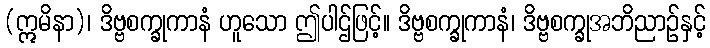
(ဣမိနာ)၊ ဒိဗ္ဗစက္ခုကာနံ ဟူသော ဤပါဌ်ဖြင့်။ ဒိဗ္ဗစက္ခုကာနံ၊ ဒိဗ္ဗစက္ခုအဘိညာဉ်နှင့်